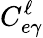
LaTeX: C_{e\gamma}^{\ell}